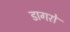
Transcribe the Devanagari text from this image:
डागरो